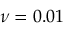
\nu = 0 . 0 1